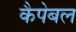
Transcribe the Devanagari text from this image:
कैपेबल